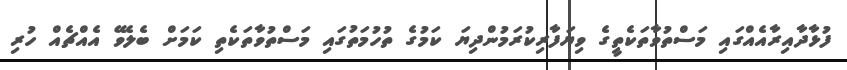
ފުޅާދާއިރާއެއްގައި މަސްތުވާތަކެތީގެ ވިޔަފާރިކުރަމުންދިޔަ ކަމުގެ ތުހުމަތުގައި މަސްތުވާތަކެތި ކަމަށް ބެލެވޭ އެއްޗެއް ހުރި